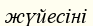
жүйесіні